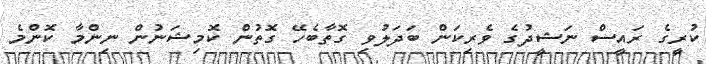
ކުރީގެ ރައީސް ނަޝީދުގެ ވެރިކަން ބަދަލުވި ގޮތާބެހޭ ގޮތުން ކޮމިޝަނުން ނިންމާ ކޮންމެ